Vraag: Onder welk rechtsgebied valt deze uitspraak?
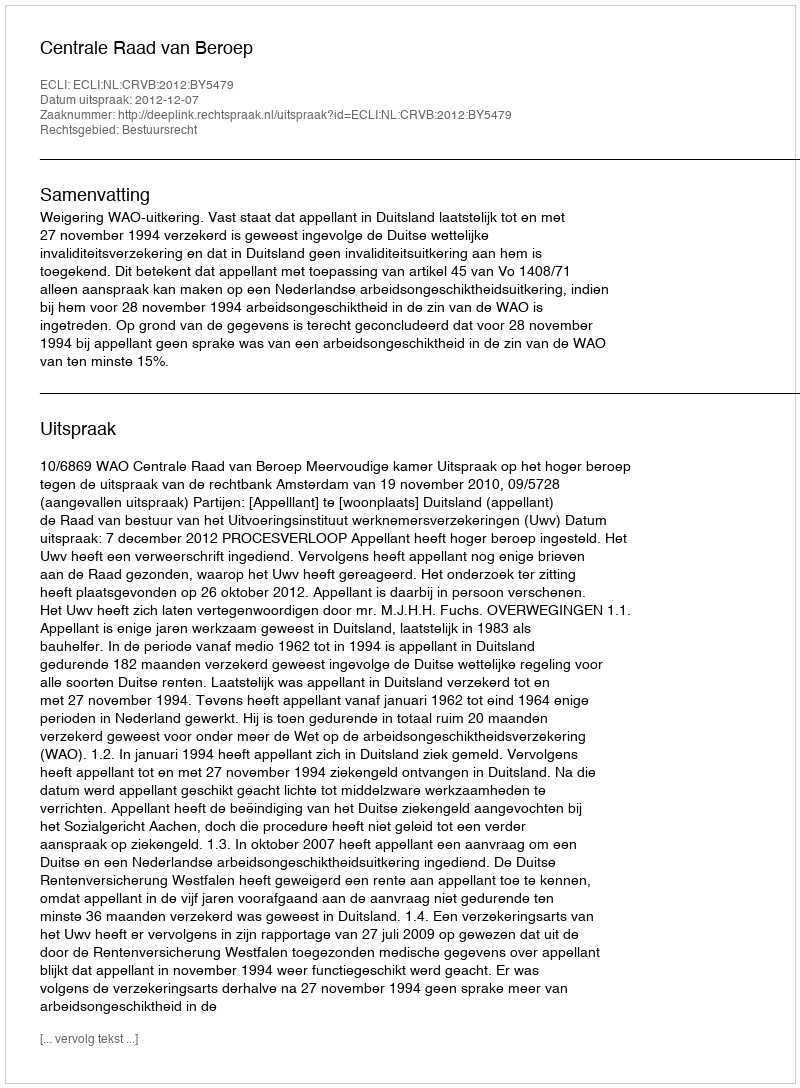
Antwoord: Bestuursrecht